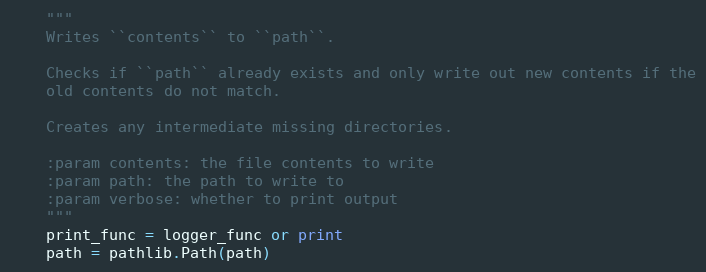
Language: Python
    """
    Writes ``contents`` to ``path``.

    Checks if ``path`` already exists and only write out new contents if the
    old contents do not match.

    Creates any intermediate missing directories.

    :param contents: the file contents to write
    :param path: the path to write to
    :param verbose: whether to print output
    """
    print_func = logger_func or print
    path = pathlib.Path(path)